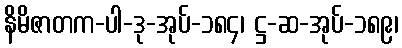
နိမိဇာတက-ပါ-ဒု-အုပ်-၁၈၄၊ ဋ္ဌ-ဆ-အုပ်-၁၈၉၊